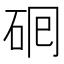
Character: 𬒅